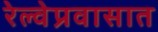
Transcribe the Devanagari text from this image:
रेल्वेप्रवासात